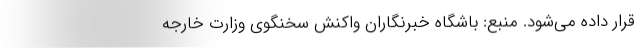
قرار داده می‌شود. منبع: باشگاه خبرنگاران واکنش سخنگوی وزارت خارجه